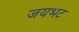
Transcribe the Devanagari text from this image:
जयभट